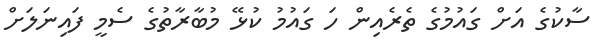
ސާކުގެ އަށް ގައުމުގެ ތެރެއިން ހަ ގައުމު ކުޅޭ މުބާރާތުގެ ސެމީ ފައިނަލަށް